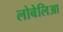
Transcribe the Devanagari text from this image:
लोबेलिआ